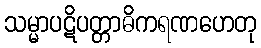
သမ္မာပဋိပတ္တာဓိကရဏဟေတု